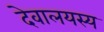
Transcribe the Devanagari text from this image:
देवालयस्य